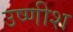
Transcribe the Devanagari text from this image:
उष्णीश